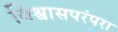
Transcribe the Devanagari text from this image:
विश्वासपरंपरा